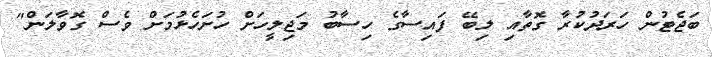
ބަޖެޓުން ހަރަދުކުރާ ގޮތާއި ލިބޭ ފައިސާގެ ހިސާބު މަޖިލީހަށް ހުށަހެޅުމަށް ވެސް ގޮވާލަން"